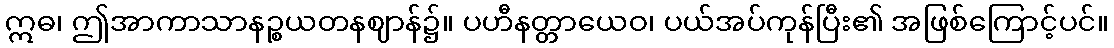
ဣဓ၊ ဤအာကာသာနဉ္စယတနဈာန်၌။ ပဟီနတ္တာယေဝ၊ ပယ်အပ်ကုန်ပြီး၏ အဖြစ်ကြောင့်ပင်။